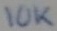
Text: 10K